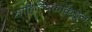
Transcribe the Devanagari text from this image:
साहित्यिकांकडून